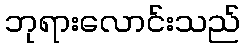
ဘုရားလောင်းသည်